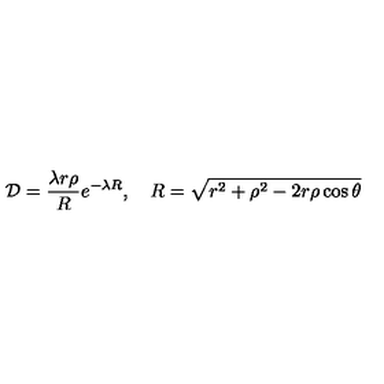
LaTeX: { \cal D } = \frac { \lambda r \rho } { R } e ^ { - \lambda R } , \quad R = \sqrt { r ^ { 2 } + \rho ^ { 2 } - 2 r \rho \cos \theta }